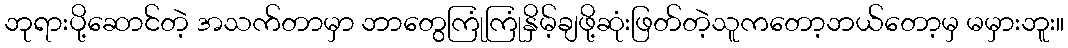
ဘုရားပို့ဆောင်တဲ့ အသက်တာမှာ ဘာတွေကြုံကြုံနှိမ့်ချဖို့ဆုံးဖြတ်တဲ့သူကတော့ဘယ်တော့မှ မမှားဘူး။